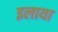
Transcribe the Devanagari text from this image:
इलाया